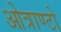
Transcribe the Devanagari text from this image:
ओत्राण्टो